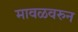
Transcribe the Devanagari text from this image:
मावळवरुन